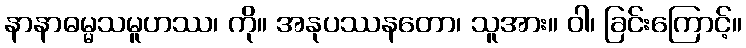
နာနာဓမ္မသမူဟဿ၊ ကို။ အနုပဿနတော၊ သူအား။ ဝါ၊ ခြင်းကြောင့်။